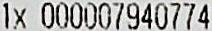
1X 000007940774